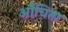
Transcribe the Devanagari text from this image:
औचिता